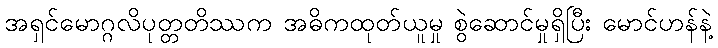
အရှင်မောဂ္ဂလိပုတ္တတိဿက အဓိကထုတ်ယူမှု စွဲဆောင်မှုရှိပြီး မောင်ဟန်နဲ့